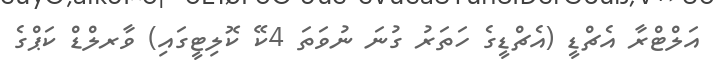
އަލްޓްރާ އެޗްޑީ (އެޗްޑީގެ ހަތަރު ގުނަ ނުވަތަ 4ކޭ ކޮލިޓީގައި) ވާރލްޑް ކަޕްގެ